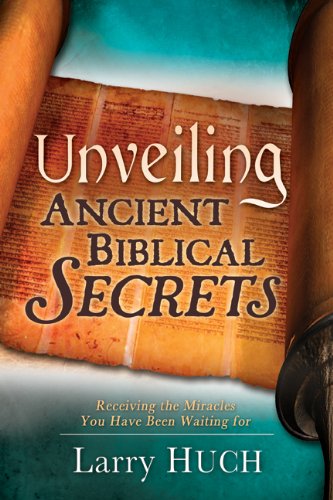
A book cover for Unveiling Ancient Biblical Secrets; Larry Huch; Christian Books & Bibles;